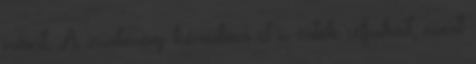
iránt. A zsidóság köreiben el is érték céljukat, mert